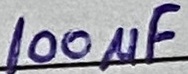
Text: 100µF